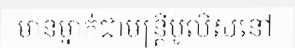
មានម្នាក់ជាមន្ត្រីប៉ូលិសនៅ